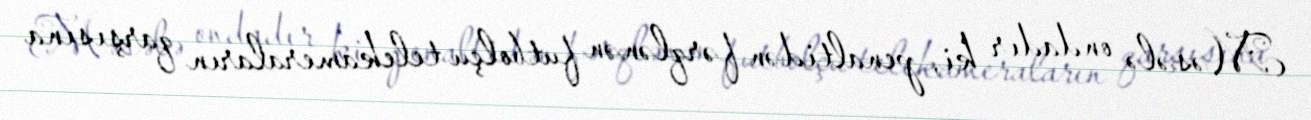
Məsələ ondadır ki, penaltidən fərqlənən futbolçu telekameraların qarşısına